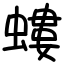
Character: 螻